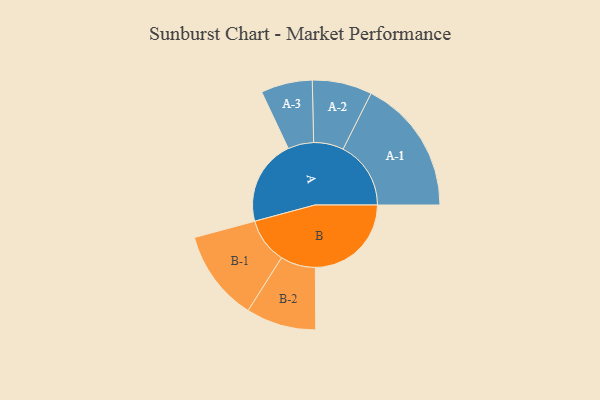
{"axis": {"x": "Segment", "y": "Value"}, "legend": ["", "A", "B"], "data": [{"x": "A", "y": 349, "type": ""}, {"x": "B", "y": 392, "type": ""}, {"x": "A-1", "y": 277, "type": "A"}, {"x": "A-2", "y": 122, "type": "A"}, {"x": "A-3", "y": 105, "type": "A"}, {"x": "B-1", "y": 186, "type": "B"}, {"x": "B-2", "y": 143, "type": "B"}]}